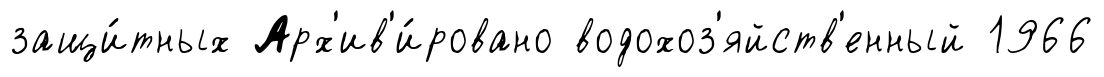
защи́тных Арх'ив'и́ровано водохоз'яйств'енный 1966